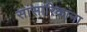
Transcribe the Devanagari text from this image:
सांसारिकांना